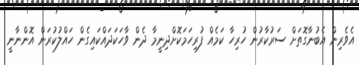
އެވެރިން އެބުނާގޮތަށް ސަރުކާރުން ހުރިހާ ކަމެއް ފުރިހަމަކޮށްދިނީމާ ދެން ވާހަކަދައްކައިގެން ހައްލުކުރަން އޮންނާނީ